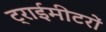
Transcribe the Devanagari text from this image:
ट्राईमीटरों